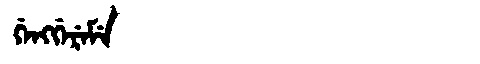
Manchu: ᡤᡝᠩᡤᡝᡵᡝᠮᡝ
Romanization: GENGGEREME